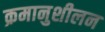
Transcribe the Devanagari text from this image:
क्रमानुशीलन